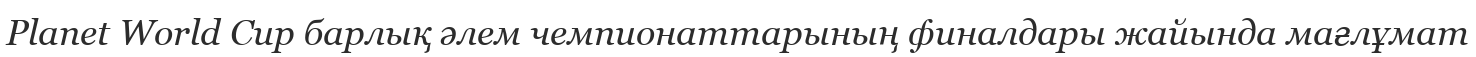
Planet World Cup барлық әлем чемпионаттарының финалдары жайында мағлұмат